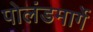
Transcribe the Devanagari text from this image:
पोलंडमार्गे